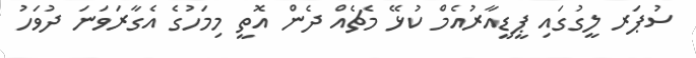
ސުޕަރ ލީގުގައި ޕީޑީއާރުއެމް ކުޅޭ މެޗެއް ދެން އޮތީ މިމަހުގެ އެގާރަވަނަ ދުވަހު